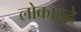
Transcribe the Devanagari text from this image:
लोकांपूढे